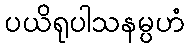
ပယိရုပါသနမ္ပဟံ